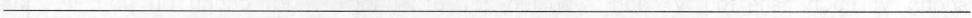
___